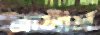
ব্রাসার্স